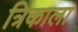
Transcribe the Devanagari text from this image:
त्रिकाला